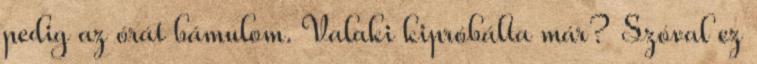
pedig az órát bámulom. Valaki kipróbálta már? Szóval ez